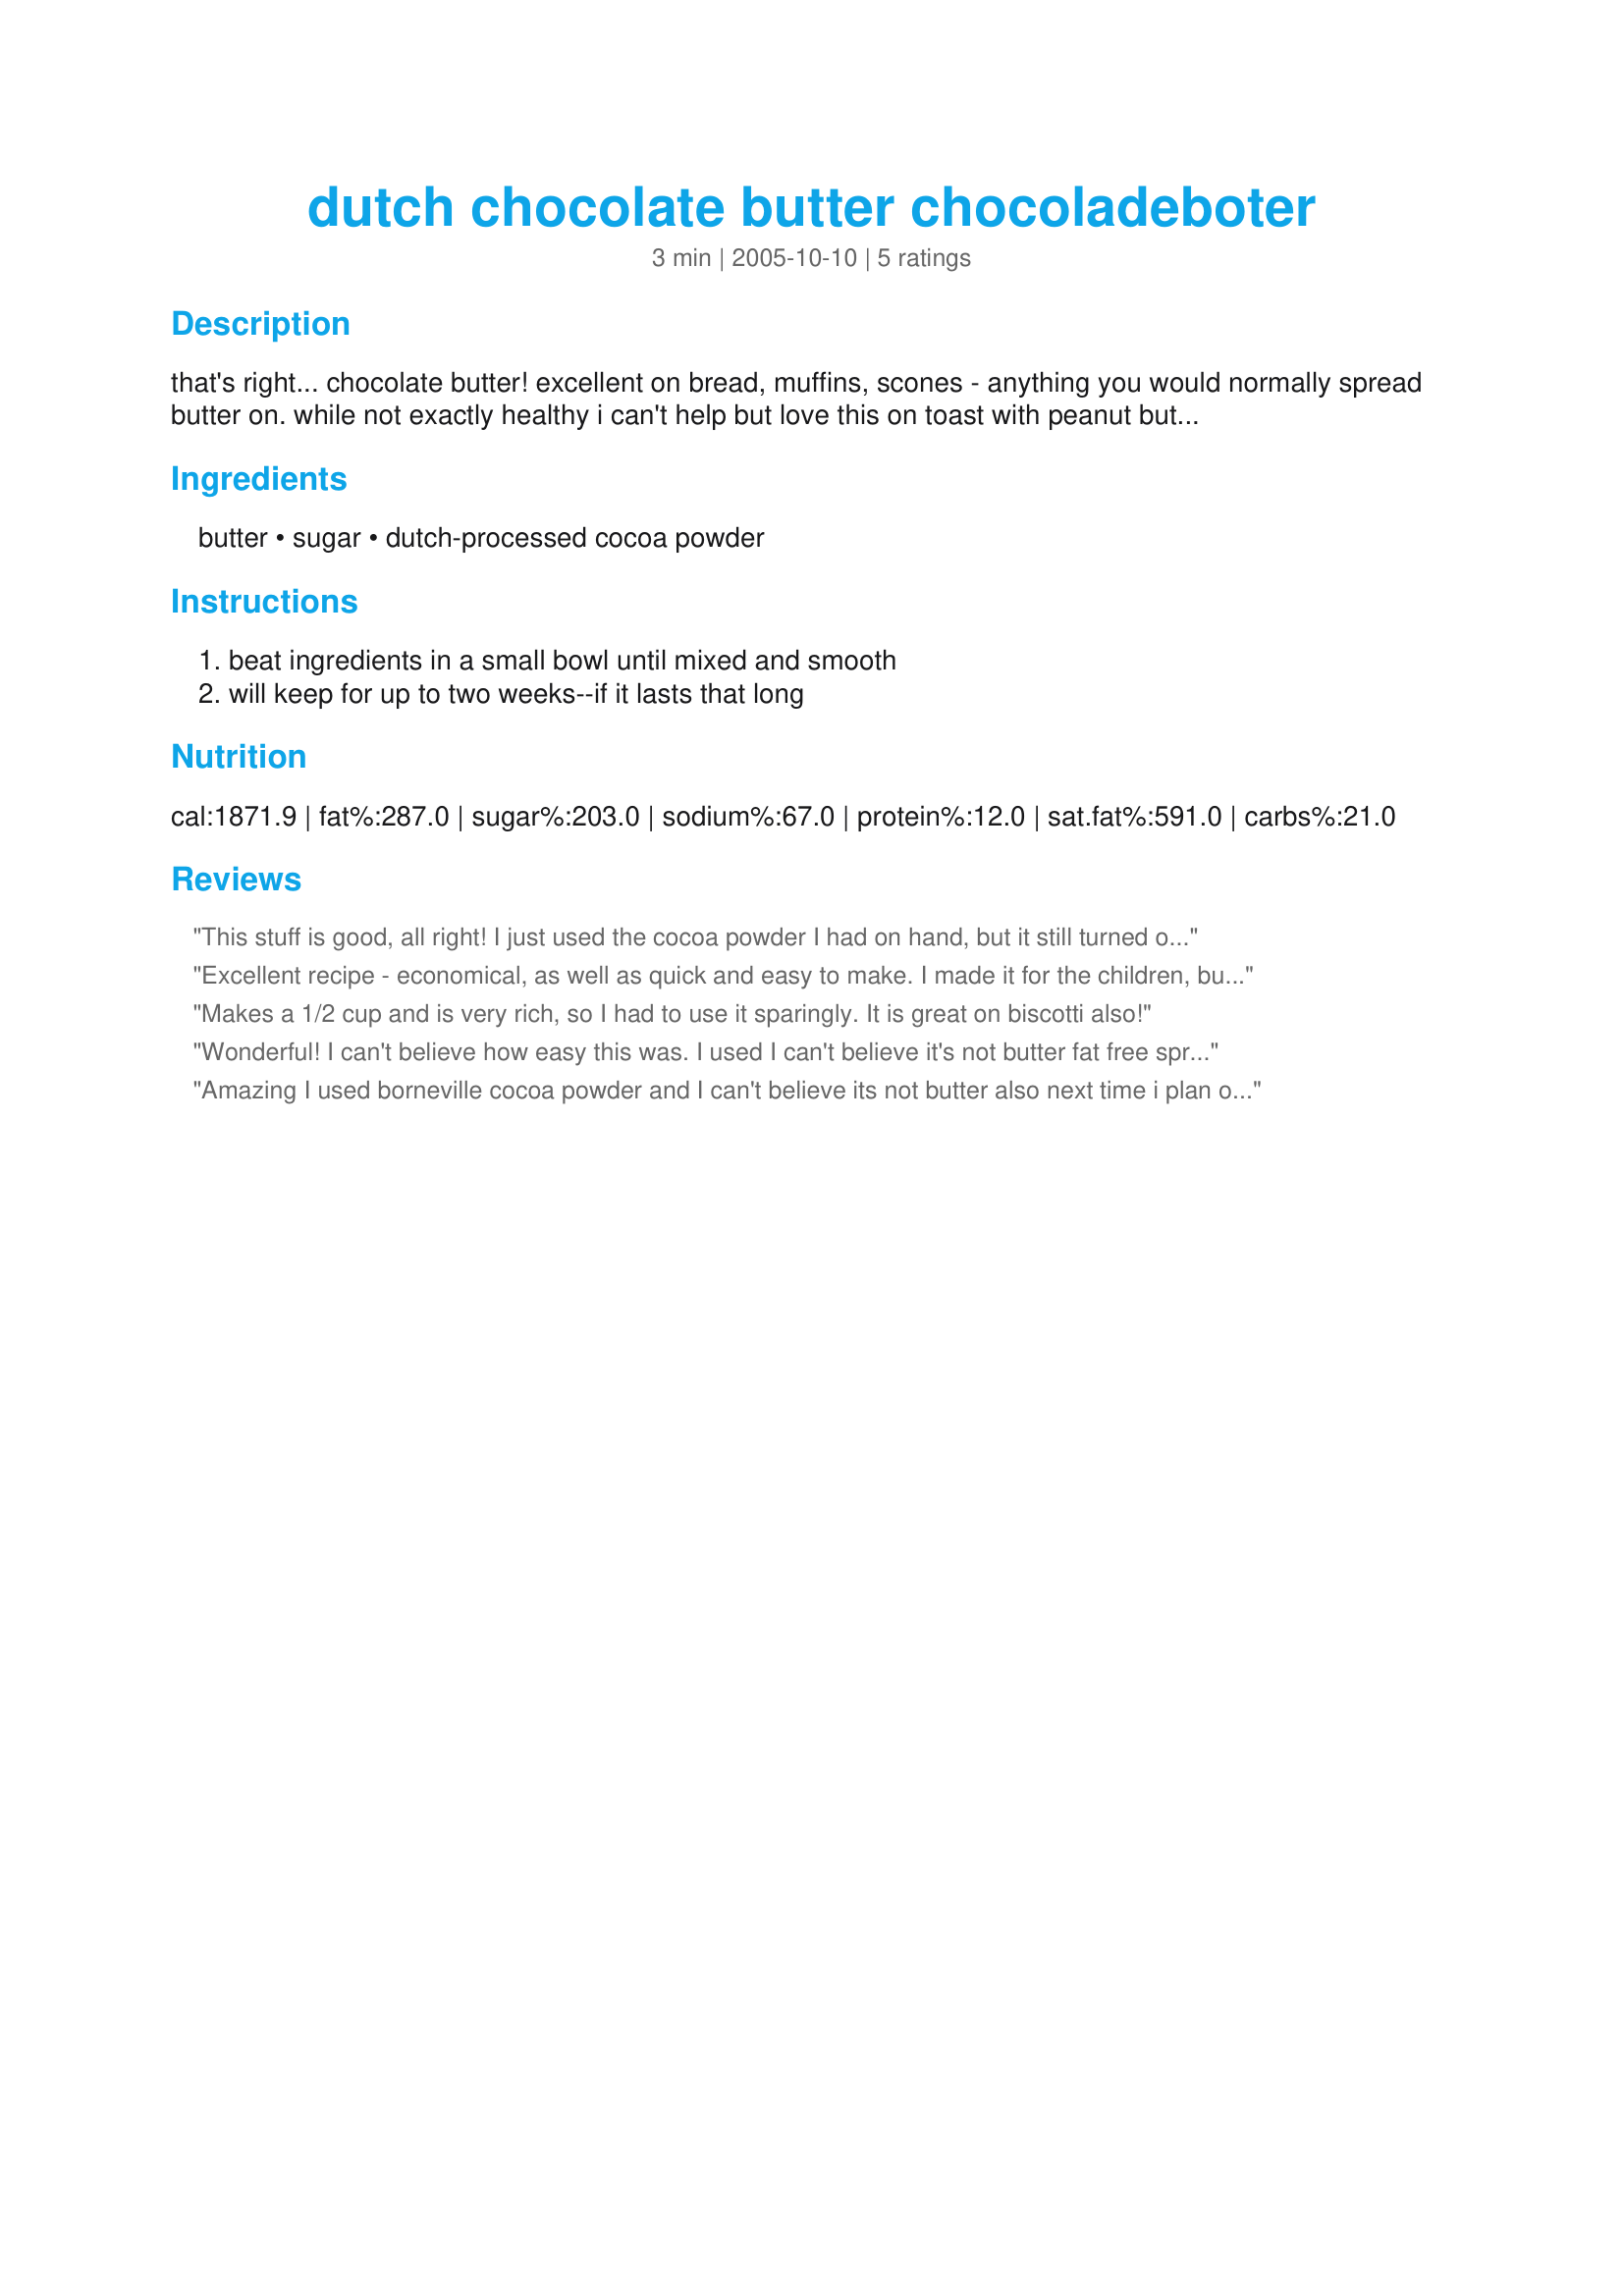
dutch chocolate butter chocoladeboter
Preparation time: 3 minutes

that's right... chocolate butter! excellent on bread, muffins, scones - anything you would normally spread butter on. while not exactly healthy i can't help but love this on toast with peanut butter.

Ingredients:
butter, sugar, dutch-processed cocoa powder

Steps:
beat ingredients in a small bowl until mixed and smooth, will keep for up to two weeks--if it lasts that long

Reviews:
This stuff is good, all right! I just used the cocoa powder I had on hand, but it still turned out great. I also substituted SmartBalance for the butter to keep things healthier. (I'm on a budget here, and butter is expensive!) Well, I might make this again sometime once I get this stuff used up. Thanks!
Excellent recipe - economical, as well as quick and easy to make. I made it for the children, but my husband has just eaten some on a hot wholemeal scone, and loved it. I've never seen "Dutch-processed" cocoa powder here in the UK, so I used a regular good-quality one, and the result is a lovely semi-bitter chocolatey spread. Very decadent!
Makes a 1/2 cup and is very rich, so I had to use it sparingly. It is great on biscotti also!
Wonderful! I can't believe how easy this was. I used I can't believe it's not butter fat free spread & Splenda. All I have is regular cocoa powder but it worked fine :-). The texture & flavor were great; thank u for sharing!
Amazing I used borneville cocoa powder and I can't believe its not butter also next time i plan on using light brown sugar as I have a huge sweet tooth but still Bloomin amazing. Thanx for sharing!
